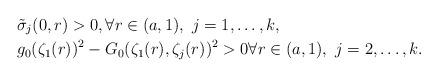
LaTeX: \begin{align*}& \tilde \sigma_j(0,r) >0 , \forall r\in (a,1), \ j=1,\ldots, k,\\& g_0(\zeta_1(r))^2 - G_0(\zeta_1(r), \zeta_j(r))^2>0\forall r\in (a,1), \ j=2,\ldots, k.\end{align*}